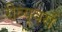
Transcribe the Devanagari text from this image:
रीव्यूवर्स